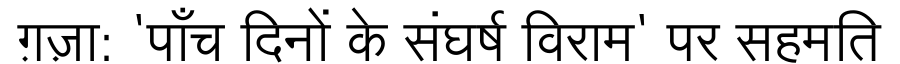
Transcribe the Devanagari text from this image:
ग़ज़ा: 'पाँच दिनों के संघर्ष विराम' पर सहमति